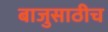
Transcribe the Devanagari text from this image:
बाजुसाठीच